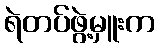
ရဲတပ်ဖွဲ့မှူးက